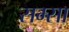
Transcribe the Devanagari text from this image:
सम्सा